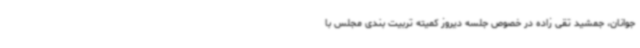
جوانان، جمشید تقی زاده در خصوص جلسه دیروز کمیته تربیت بندی مجلس با